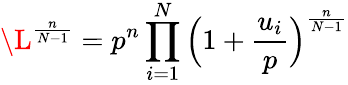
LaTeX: {\L}^{\frac{n}{N-1}}=p^{n}\prod_{i=1}^{N}\Big(1+\frac{u_{i}}{p}\Big)^{\frac{n}{N-1}}